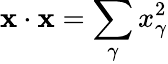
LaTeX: \textbf{x}\cdot\textbf{x}=\sum_{\gamma}x_{\gamma}^{2}